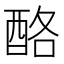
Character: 酪